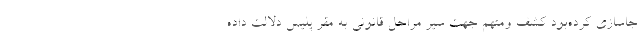
جاسازی کرده‌بود کشف ومتهم جهت سیر مراحل قانونی به مقر پلیس دلالت داده